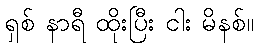
ရှစ် နာရီ ထိုးပြီး ငါး မိနစ်။